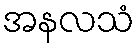
အနလသံ